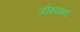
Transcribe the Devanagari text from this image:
जीवकाण्ड